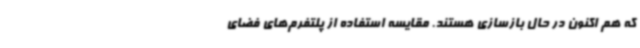
که هم اکنون در حال بازسازی هستند. مقایسه استفاده از پلتفرم‌های فضای